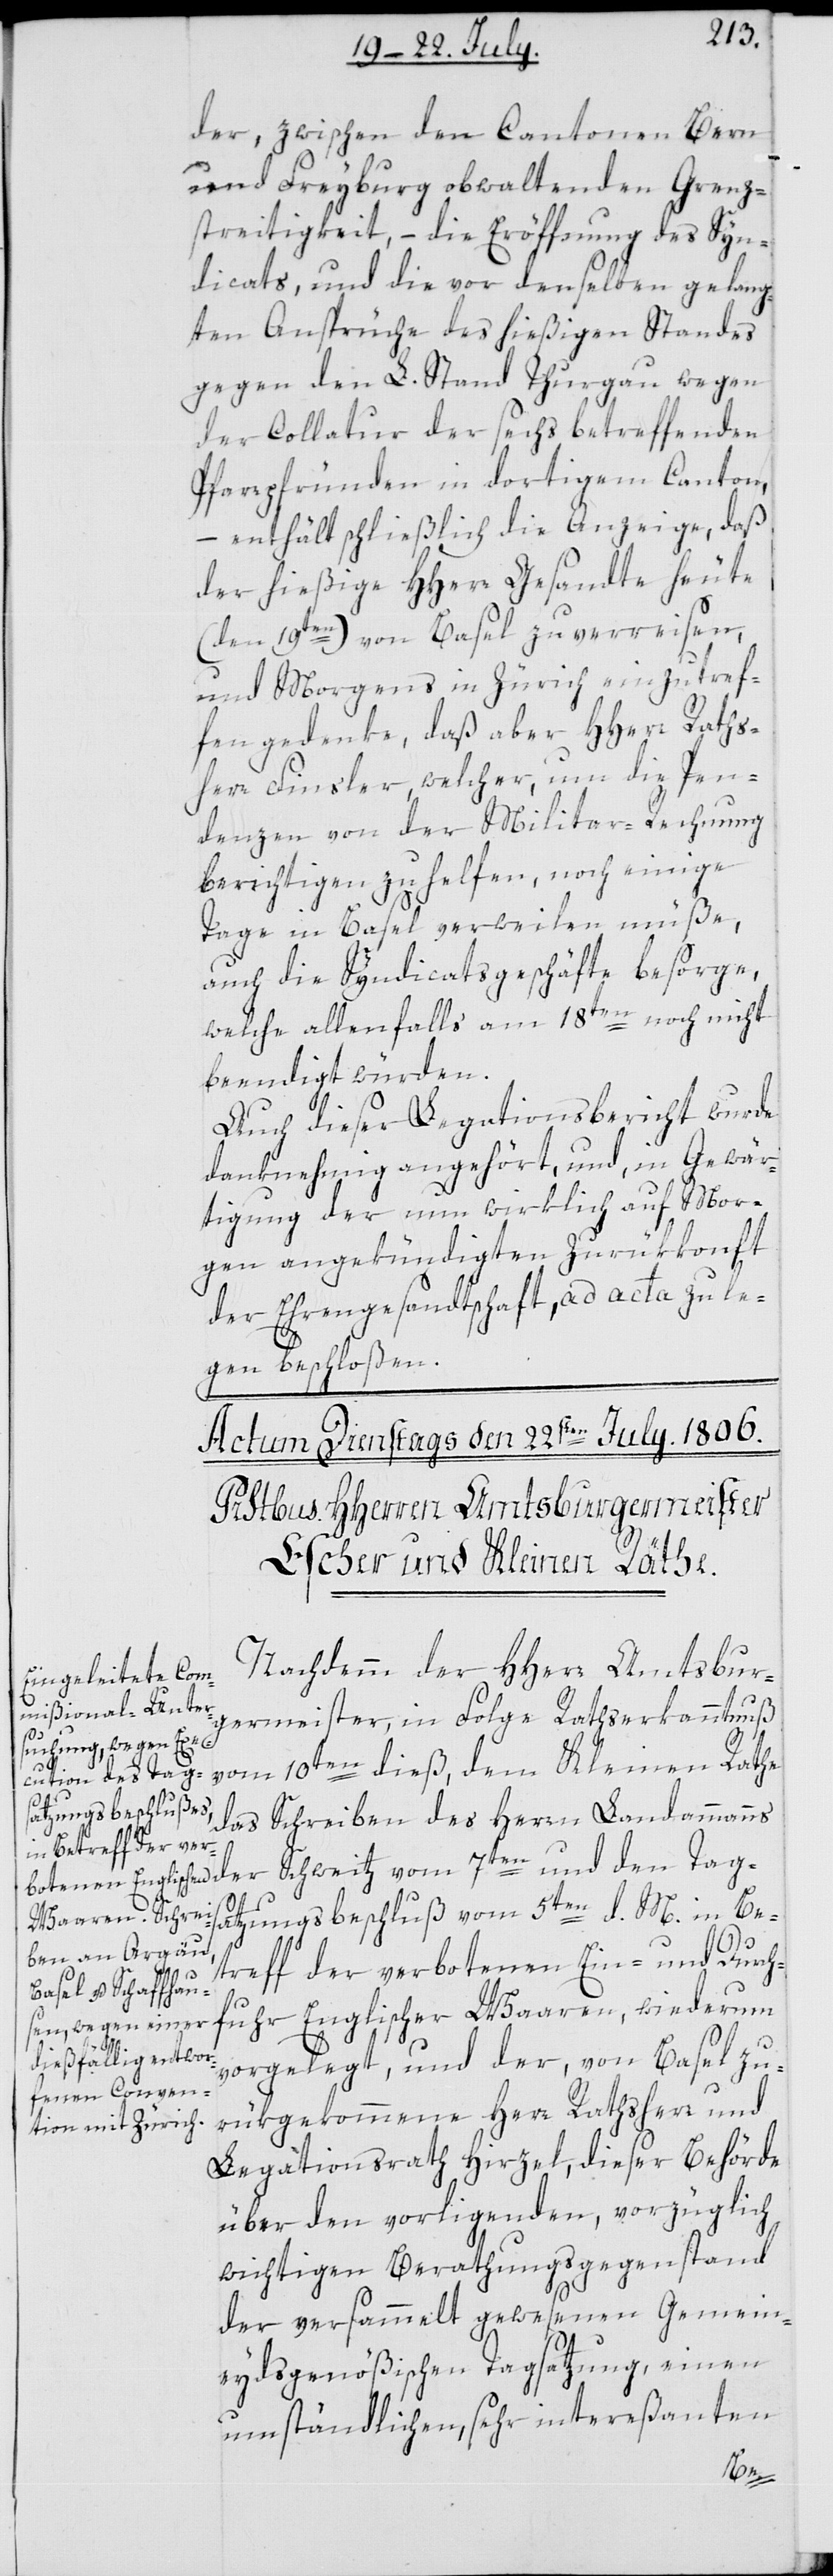
der, zwischen den Cantonen Bern
und Freyburg obwaltenden Grenz¬
streitigkeiten, – die Eröffnung des Syn¬
dicats, und die vor denselben gelang¬
ten Ansprüche des hießigen Standes
gegen den L. Stand Thurgau wegen
der Collatur der sechs betreffenden
Pfarrpfründen in dortigem Canton,
– enthält schließlich die Anzeige, daß
der hießige HHerr Gesandte heute
(den 19ten) von Basel zu verreisen,
und Morgens in Zürich einzutref¬
fen gedenke, daß aber HHerr Raths¬
herr Finsler, welcher um die Pen¬
denzen von der Militar-Rechnung
berichtigen zu helfen, noch einige
Tage in Basel verweilen müße,
auch die Syndicatsgeschäfte besorge,
welche allenfalls am 18ten noch nicht
beendigt würden.
Auch dieser Legationsbericht wurde
danknehmig angehört, und, in Gewär¬
tigung der nun wirklich auf Mor¬
gen angekündigten Zurükkonft
der Ehrengesandtschaft, ad acta zu le¬
gen beschloßen.
Nachdemm der HHerr Amtsbur¬
der
germeister, in Folge Rathserkanntnuß
vom 10ten dieß, dem Kleinen Rathe
7ten und den Tag¬
das Schreiben des Herren Landammanns
satzungsbeschluß vom 5ten d. M in Be¬
treff der verbotenen Ein- und Durch¬
fuhr Englischer Waaren, wiederum
vorgelegt, und der, von Basel zu¬
rükgekommene Herr Rathsherr und
Legationsrath Hirzel, dieser Behörde
über den vorligenden, vorzüglich
wichtigen Berathungsgegenstand
der versammelt gewesenen Gemein¬
eydsgenößischen Tagsatzung, einen
umständlichen, sehr intereßanten